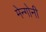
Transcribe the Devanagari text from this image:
मेन्गोनी